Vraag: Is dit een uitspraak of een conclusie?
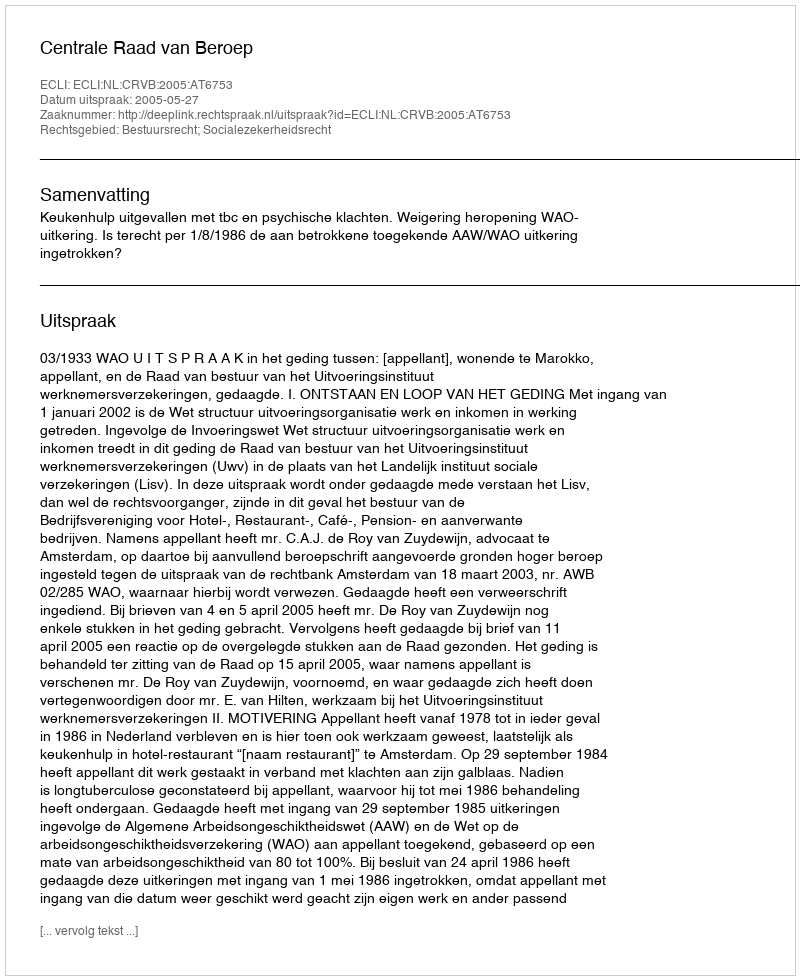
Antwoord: Uitspraak